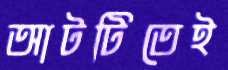
আটটিতেই